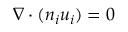
\nabla \cdot ( n _ { i } \boldsymbol { u } _ { i } ) = 0